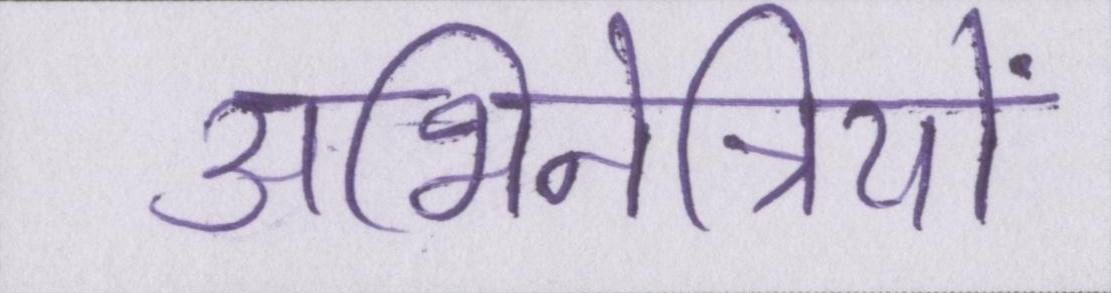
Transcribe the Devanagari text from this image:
अभिनेत्रियों